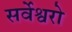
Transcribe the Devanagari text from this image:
सर्वेश्वरो